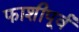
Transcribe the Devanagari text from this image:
फाशीपूर्व